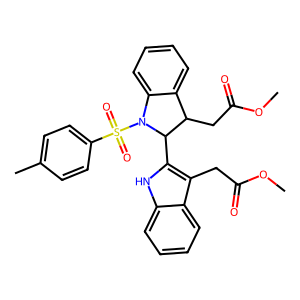
SMILES: COC(=O)Cc1c(C2C(CC(=O)OC)c3ccccc3N2S(=O)(=O)c2ccc(C)cc2)[nH]c2ccccc12
Inhibits HIV replication: No